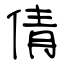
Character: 倩